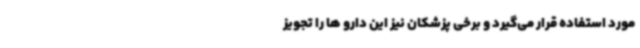
مورد استفاده قرار می‌گیرد و برخی پزشکان‌ نیز این دارو ها را تجویز